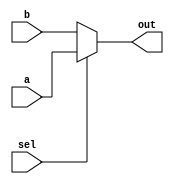
`timescale 1ns / 1ps

module load_mux(
    input sel,a,b,
    output reg out
    );
    
    always @(*)begin
        if(sel) out=a;
        else out=b;
    end
    
endmodule